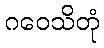
ဂဝေသိတုံ